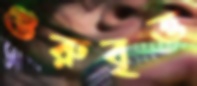
গুরুবৃত্ত